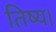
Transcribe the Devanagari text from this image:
तिष्य।